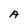
Character: A